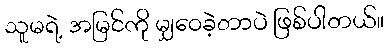
သူမရဲ့ အမြင်ကို မျှဝေခဲ့တာပဲ ဖြစ်ပါတယ်။